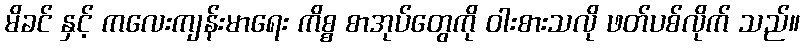
မိခင် နှင့် ကလေးကျန်းမာရေး ကိစ္စ စာအုပ်တွေကို ဝါးစားသလို ဖတ်ပစ်လိုက် သည်။